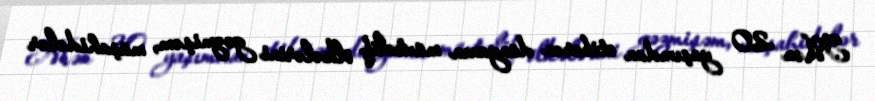
Mən 20 yaşımdan etibarən dünyanın müxtəlif ölkələrini gəzmişəm, müşahidələr